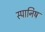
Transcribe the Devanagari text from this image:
स्पानिष